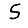
Digit: 5